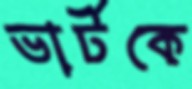
ভার্টকে